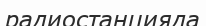
радиостанцияда